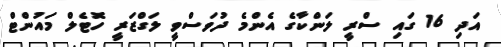
އަދި 16 ގައި ސްރީ ލަންކާގެ އެންމެ ދުވަސްވީ ލަގްޒަރީ ހޮޓެލް މައުންޓް